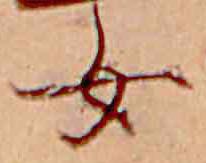
女